Civil Veterinary Department. Madras. Admin. report 1910-25 - 1910-1925
Year: 1910
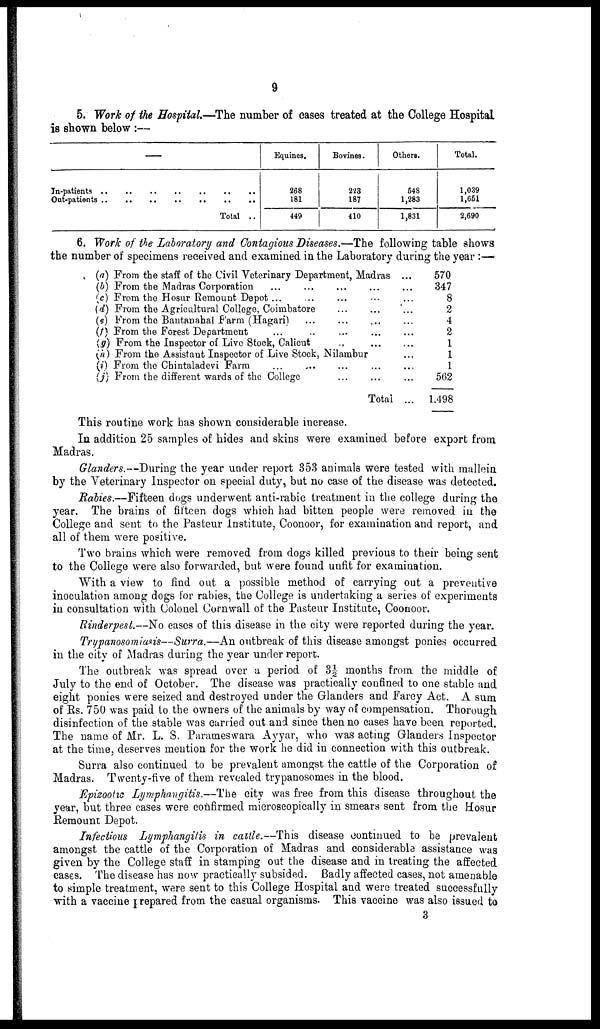
9
5. Work of the Hospital—The number of cases treated at the College Hospital
is shown below:—
In-patients
Out-patients
..
..
..
..
..
..
..
..
..
..
..
..
Total
..
..
..
Equines.
268
181
449
Bovines.
223
187
410
Others.
548
1,283
1,831
Total.
1,039
1,651
2,690
6. Work of the Laboratory and Contagious Diseases.—The following table shows
the number of specimens received and examined in the Laboratory during the year:—
(a)
(b)
(c)
id)
(e)
(f)
(9)
(h)
(i)
(j)
From the staff of the Civil Veterinary Department, Madras
From the Madras Corporation
...
...
...
...
From the Hosur Remount Depot
...
...
...
...
From the Agricultural College, Coimbatore ... ...
From the Bantauahal Farm (Hagari) ... ... ...
From the Forest Department
...
...
...
...
From the Inspector of Live Stock, Calicut ... ...
From the Assistant Inspector of Live Stock, Nilambur
From the Chintaladevi Farm ... ... ... ...
From the different wards of the College
...
...
Total
...
...
...
...
...
...
...
...
...
...
570
347
8
2
4
2
1
1
1
562
1,498
This routine work has shown considerable increase.
In addition 25 samples of hides and skins were examined before export from
Madras.
Glanders.—During the year under report 353 animals were tested with mallein
by the Veterinary Inspector on special duty, but no case of the disease was detected.
Rabies.—Fifteen dogs underwent anti-rabic treatment in the college during the
year. The brains of fifteen dogs which had bitten people were removed in the
College and sent to the Pasteur Institute, Coonoor, for examination and report, and
all of them were positive.
Two brains which were removed from dogs killed previous to their being sent
to the College were also forwarded, but were found unfit for examination.
"With a view to find out a possible method of carrying out a preventive
inoculation among dogs for rabies, the College is undertaking a series of experiments
in consultation with Colonel Cornwall of the Pasteur Institute, Coonoor.
Rinderpest.—No cases of this disease in the city were reported during the year.
Trypanosomiasis—Surra.—An outbreak of this disease amongst ponies occurred
in the city of Madras during the year under report.
The outbreak was spread over a period of 3½ months from the middle of
July to the end of October. The disease was practically confined to one stable and
eight ponies were seized and destroyed under the Glanders and Farcy Act. A sum
of Rs. 750 was paid to the owners of the animals by way of compensation. Thorough
disinfection of the stable was carried out and since then no cases have been reported.
The name of Mr. L. S. Parameswara Ayyar, who was acting Glanders Inspector
at the time, deserves mention for the work he did in connection with this outbreak.
Surra also continued to be prevalent amongst the cattle of the Corporation of
Madras. Twenty-five of them revealed trypanosomes in the blood.
Epizootic Lymphangitis.—The city was free from this disease throughout the
year, but three cases were confirmed microscopically in smears sent from the Hosur
Remount Depot.
Infectious Lymphangitis in cattle.—This disease continued to be prevalent
amongst the cattle of the Corporation of Madras and considerable assistance was
given by the College staff in stamping out the disease and in treating the affected
cases. The disease has now practically subsided. Badly affected cases, not amenable
to simple treatment, were sent to this College Hospital and were treated successfully
with a vaccine prepared from the casual organisms. This vaccine was also issued to
3